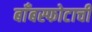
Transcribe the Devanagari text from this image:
बाँबस्फोटाची